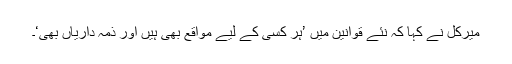
ميرکل نے کہا کہ نئے قوانين ميں ’ہر کسی کے ليے مواقع بھی ہيں اور ذمہ دارياں بھی‘۔